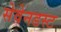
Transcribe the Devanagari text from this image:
सेवेनडस्ट